Civil Veterinary Dept. Assam report 1911-1927 - 1911-1927
Year: 1911
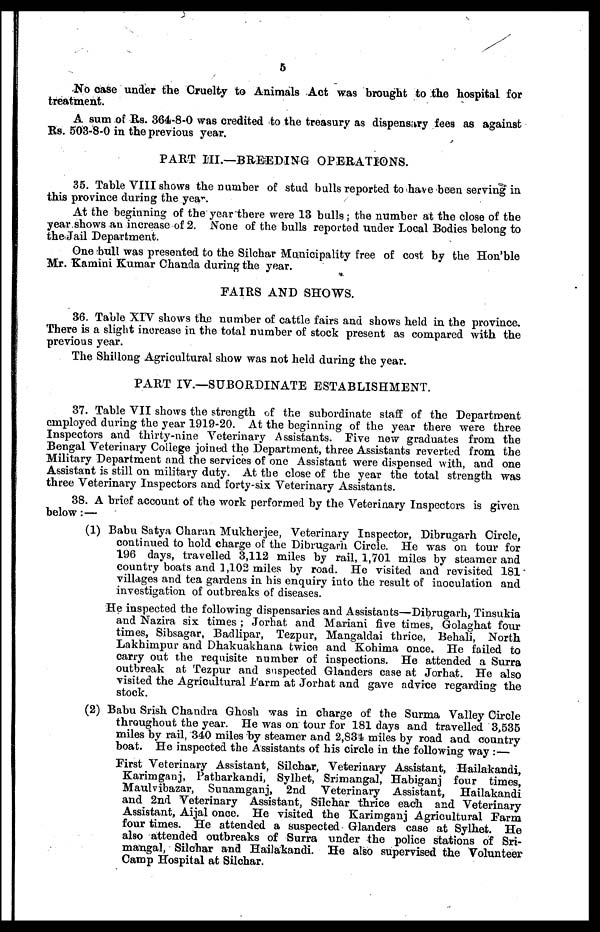
5
No case under the Cruelty to Animals Act was brought to the hospital for
treatment.
A sum of Rs. 364-8-0 was credited to the treasury as dispensary fees as against
Rs. 503-8-0 in the previous year.
PART III.—BREEDING OPERATIONS.
35. Table VIII shows the number of stud bulls reported to have been serving in
this province during the year.
At the beginning of the year there were 13 bulls ; the number at the close of the
year shows an increase of 2. None of the bulls reported under Local Bodies belong to
the Jail Department.
One bull was presented to the Silchar Municipality free of cost by the Hon'ble
Mr. Kamini Kumar Chanda during the year.
FAIRS AND SHOWS.
36. Table XIV shows the number of cattle fairs and shows held in the province.
There is a slight increase in the total number of stock present as compared with the
previous year.
The Shillong Agricultural show was not held during the year.
PART IV.—SUBORDINATE ESTABLISHMENT.
37. Table VII shows the strength of the subordinate staff of the Department
employed during the year 1919-20. At the beginning of the year there were three
Inspectors and thirty-nine Veterinary Assistants. Five new graduates from the
Bengal Veterinary College joined the Department, three Assistants reverted from the
Military Department and the services of one Assistant were dispensed with, and one
Assistant is still on military duty. At the close of the year the total strength was
three Veterinary Inspectors and forty-six Veterinary Assistants.
38. A brief account of the work performed by the Veterinary Inspectors is given
below: —
(1) Babu Satya Charan Mukherjee, Veterinary Inspector, Dibrugarh Circle,
continued to hold charge of the Dibrugarh Circle. He was on tour for
196 days, travelled 3,112 miles by rail, 1,701 miles by steamer and
country boats and 1,102 miles by road. He visited and revisited 181
villages and tea gardens in his enquiry into the result of inoculation and
investigation of outbreaks of diseases.
He inspected the following dispensaries and Assistants—Dibrugarh, Tinsukia
and Nazira six times ; Jorhat and Mariani five times, Golaghat four
times, Sibsagar, Badlipar, Tezpur, Mangaldai thrice, Behali, North
Lakhimpur and Dhakuakhana twice and Kohima once. He failed to
carry out the requisite number of inspections. He attended a Surra
outbreak at Tezpur and suspected Glanders case at Jorhat. He also
visited the Agricultural Farm at Jorhat and gave advice regarding the
stock.
(2) Babu Srish Chandra Ghosh was in charge of the Surma Valley Circle
throughout the year. He was on tour for 181 days and travelled 3,535
miles by rail, 340 miles by steamer and 2,834 miles by road and country
boat. He inspected the Assistants of his circle in the following way :—
First Veterinary Assistant, Silchar, Veterinary Assistant, Hailakandi,
Karimganj, Patharkandi, Sylhet, Srimangal, Habiganj four times,
Maulvibazar, Sunamganj, 2nd Veterinary Assistant, Hailakandi
and 2nd Veterinary Assistant, Silchar thrice each and Veterinary
Assistant, Aijal once. He visited the Karimganj Agricultural Farm
four times. He attended a suspected Glanders case at Sylhet. He
also attended outbreaks of Surra under the police stations of Sri-
mangal, Silchar and Hailakandi. He also supervised the Volunteer
Camp Hospital at Silchar.